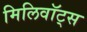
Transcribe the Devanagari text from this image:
मिलिवॉट्स